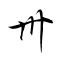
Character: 卅